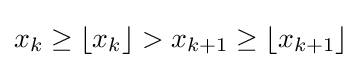
x_{k}\geq \lfloor x_{k}\rfloor >x_{k+1}\geq \lfloor x_{k+1}\rfloor